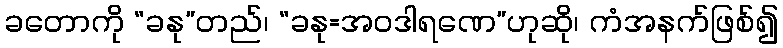
ခတောကို “ခနု”တည်၊ “ခနု=အဝဒါရဏေ”ဟုဆို၊ ကံအနက်ဖြစ်၍